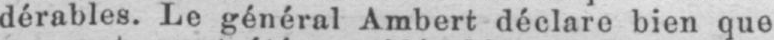
dérables. Le général Ambert déclare bien que